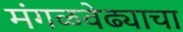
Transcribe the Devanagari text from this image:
मंगळवेढ्याचा